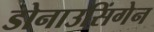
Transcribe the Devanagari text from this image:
डोनाउसिंगेन